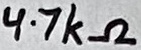
Text: 4.7kΩ